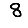
Digit: 8